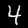
Label: 4